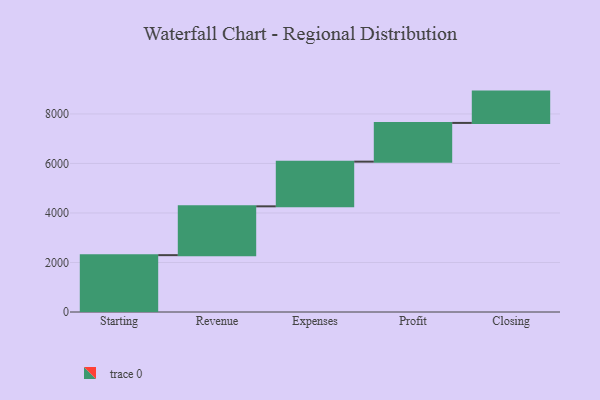
{"axis": {"x": "Step", "y": "Value"}, "legend": [""], "data": [{"x": "Starting", "y": 2296.0, "type": ""}, {"x": "Revenue", "y": 1972.0, "type": ""}, {"x": "Expenses", "y": 1805.0, "type": ""}, {"x": "Profit", "y": 1564.0, "type": ""}, {"x": "Closing", "y": 1265.0, "type": ""}]}